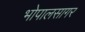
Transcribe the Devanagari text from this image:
भोपालसागर